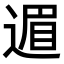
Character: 𫐹